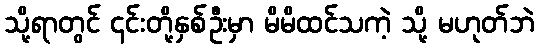
သို့ရာတွင် ၎င်းတို့နှစ်ဦးမှာ မိမိထင်သကဲ့ သို့ မဟုတ်ဘဲ